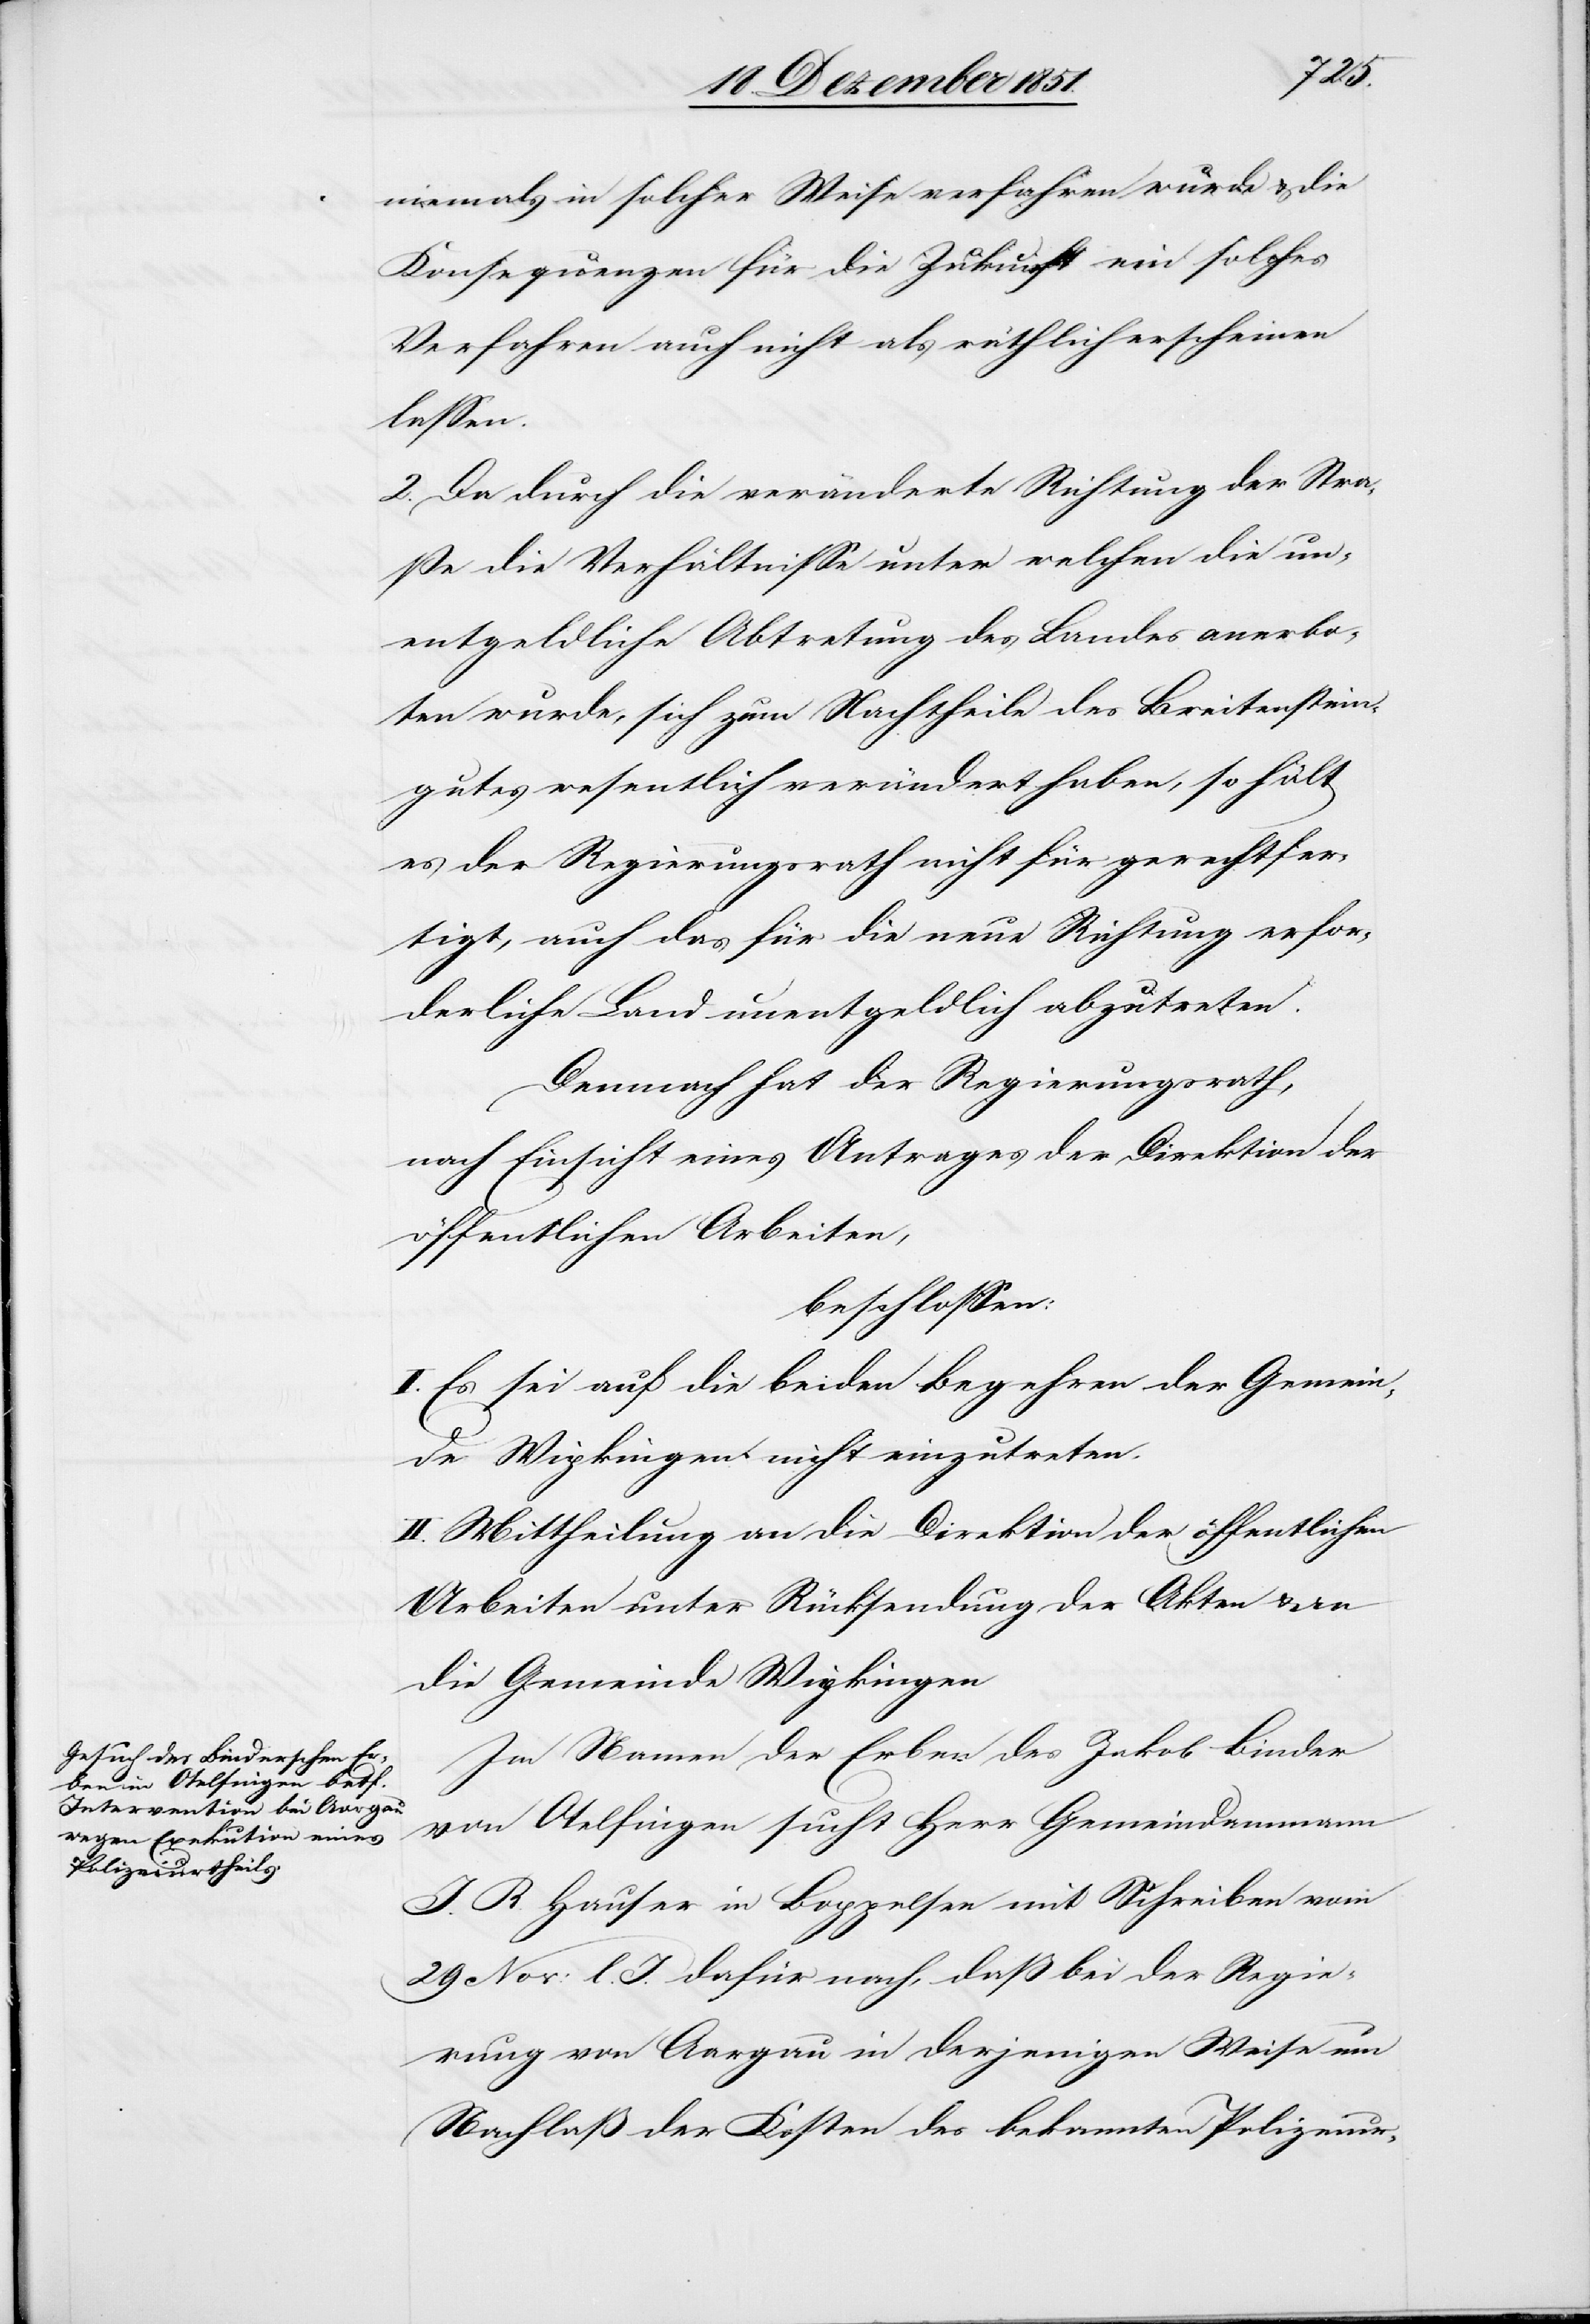
niemals in solcher Weise verfahren wurde & die
Konsequenzen für die Zukunft ein solches
Verfahren auch nicht als räthlich erscheinen
lassen.
2. Da durch die veränderte Richtung der Stra¬
ße die Verhältnisse unter welchen die un¬
entgeldliche Abtretung des Landes anerbo¬
ten wurde, sich zum Nachtheile des Breitenstein¬
gutes wesentlich verändert haben, so hält
es der Regierungsrath nicht für gerechtfer¬
tigt, auch das für die neue Richtung erfor¬
derliche Land unentgeldlich abzutreten.
Demnach hat der Regierungsrath,
nach Einsicht eines Antrages der Direktion der
öffentlichen Arbeiten,
beschlossen:
I. Es sei auf die beiden Begehren der Gemein¬
de Wipkingen nicht einzutreten.
II. Mittheilung an die Direktion der öffentlichen
Arbeiten unter Rücksendung der Akten & an
die Gemeinde Wipkingen[.]
Im Namen der Erben des Jakob Binder
von Otelfingen sucht Herr Gemeindammann
J. R. Hauser in Boppelsen mit Schreiben vom
29 Nov: l. J. dafür nach, daß bei der Regie¬
rung von Aargau in derjenigen Weise um
Nachlaß der Kosten des bekannten Polizeiur-